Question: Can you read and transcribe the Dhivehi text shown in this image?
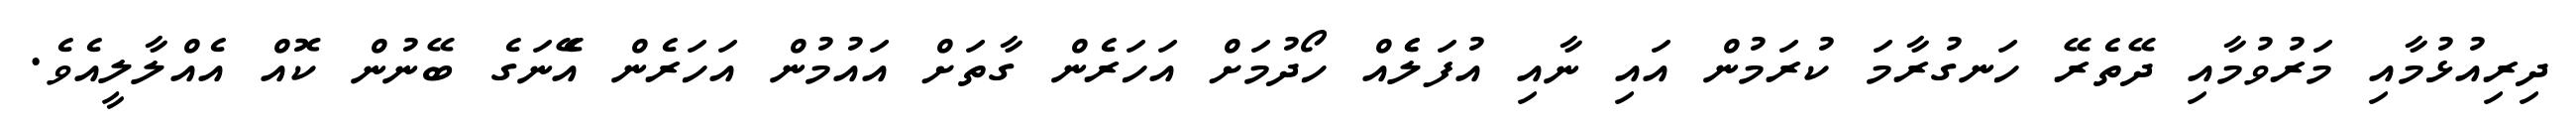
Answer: ދިރިއުޅުމާއި މަރުވުމާއި ދޭތެރޭ ހަނގުރާމަ ކުރަމުން އައި ނާއި އުފަލެެއް ހޯދުމަށް އަހަރެން ގާތަށް އައުމުން އަހަރެން އެޭނަގެ ބޭނުން ކޮއް އެއްލާލީއެވެ.